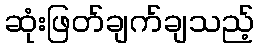
ဆုံးဖြတ်ချက်ချသည့်